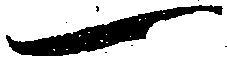
一